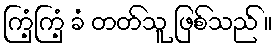
ကြံ့ကြံ့ ခံ တတ်သူ ဖြစ်သည် ။